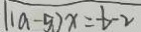
( 1 a - 5 ) x = - b - 2